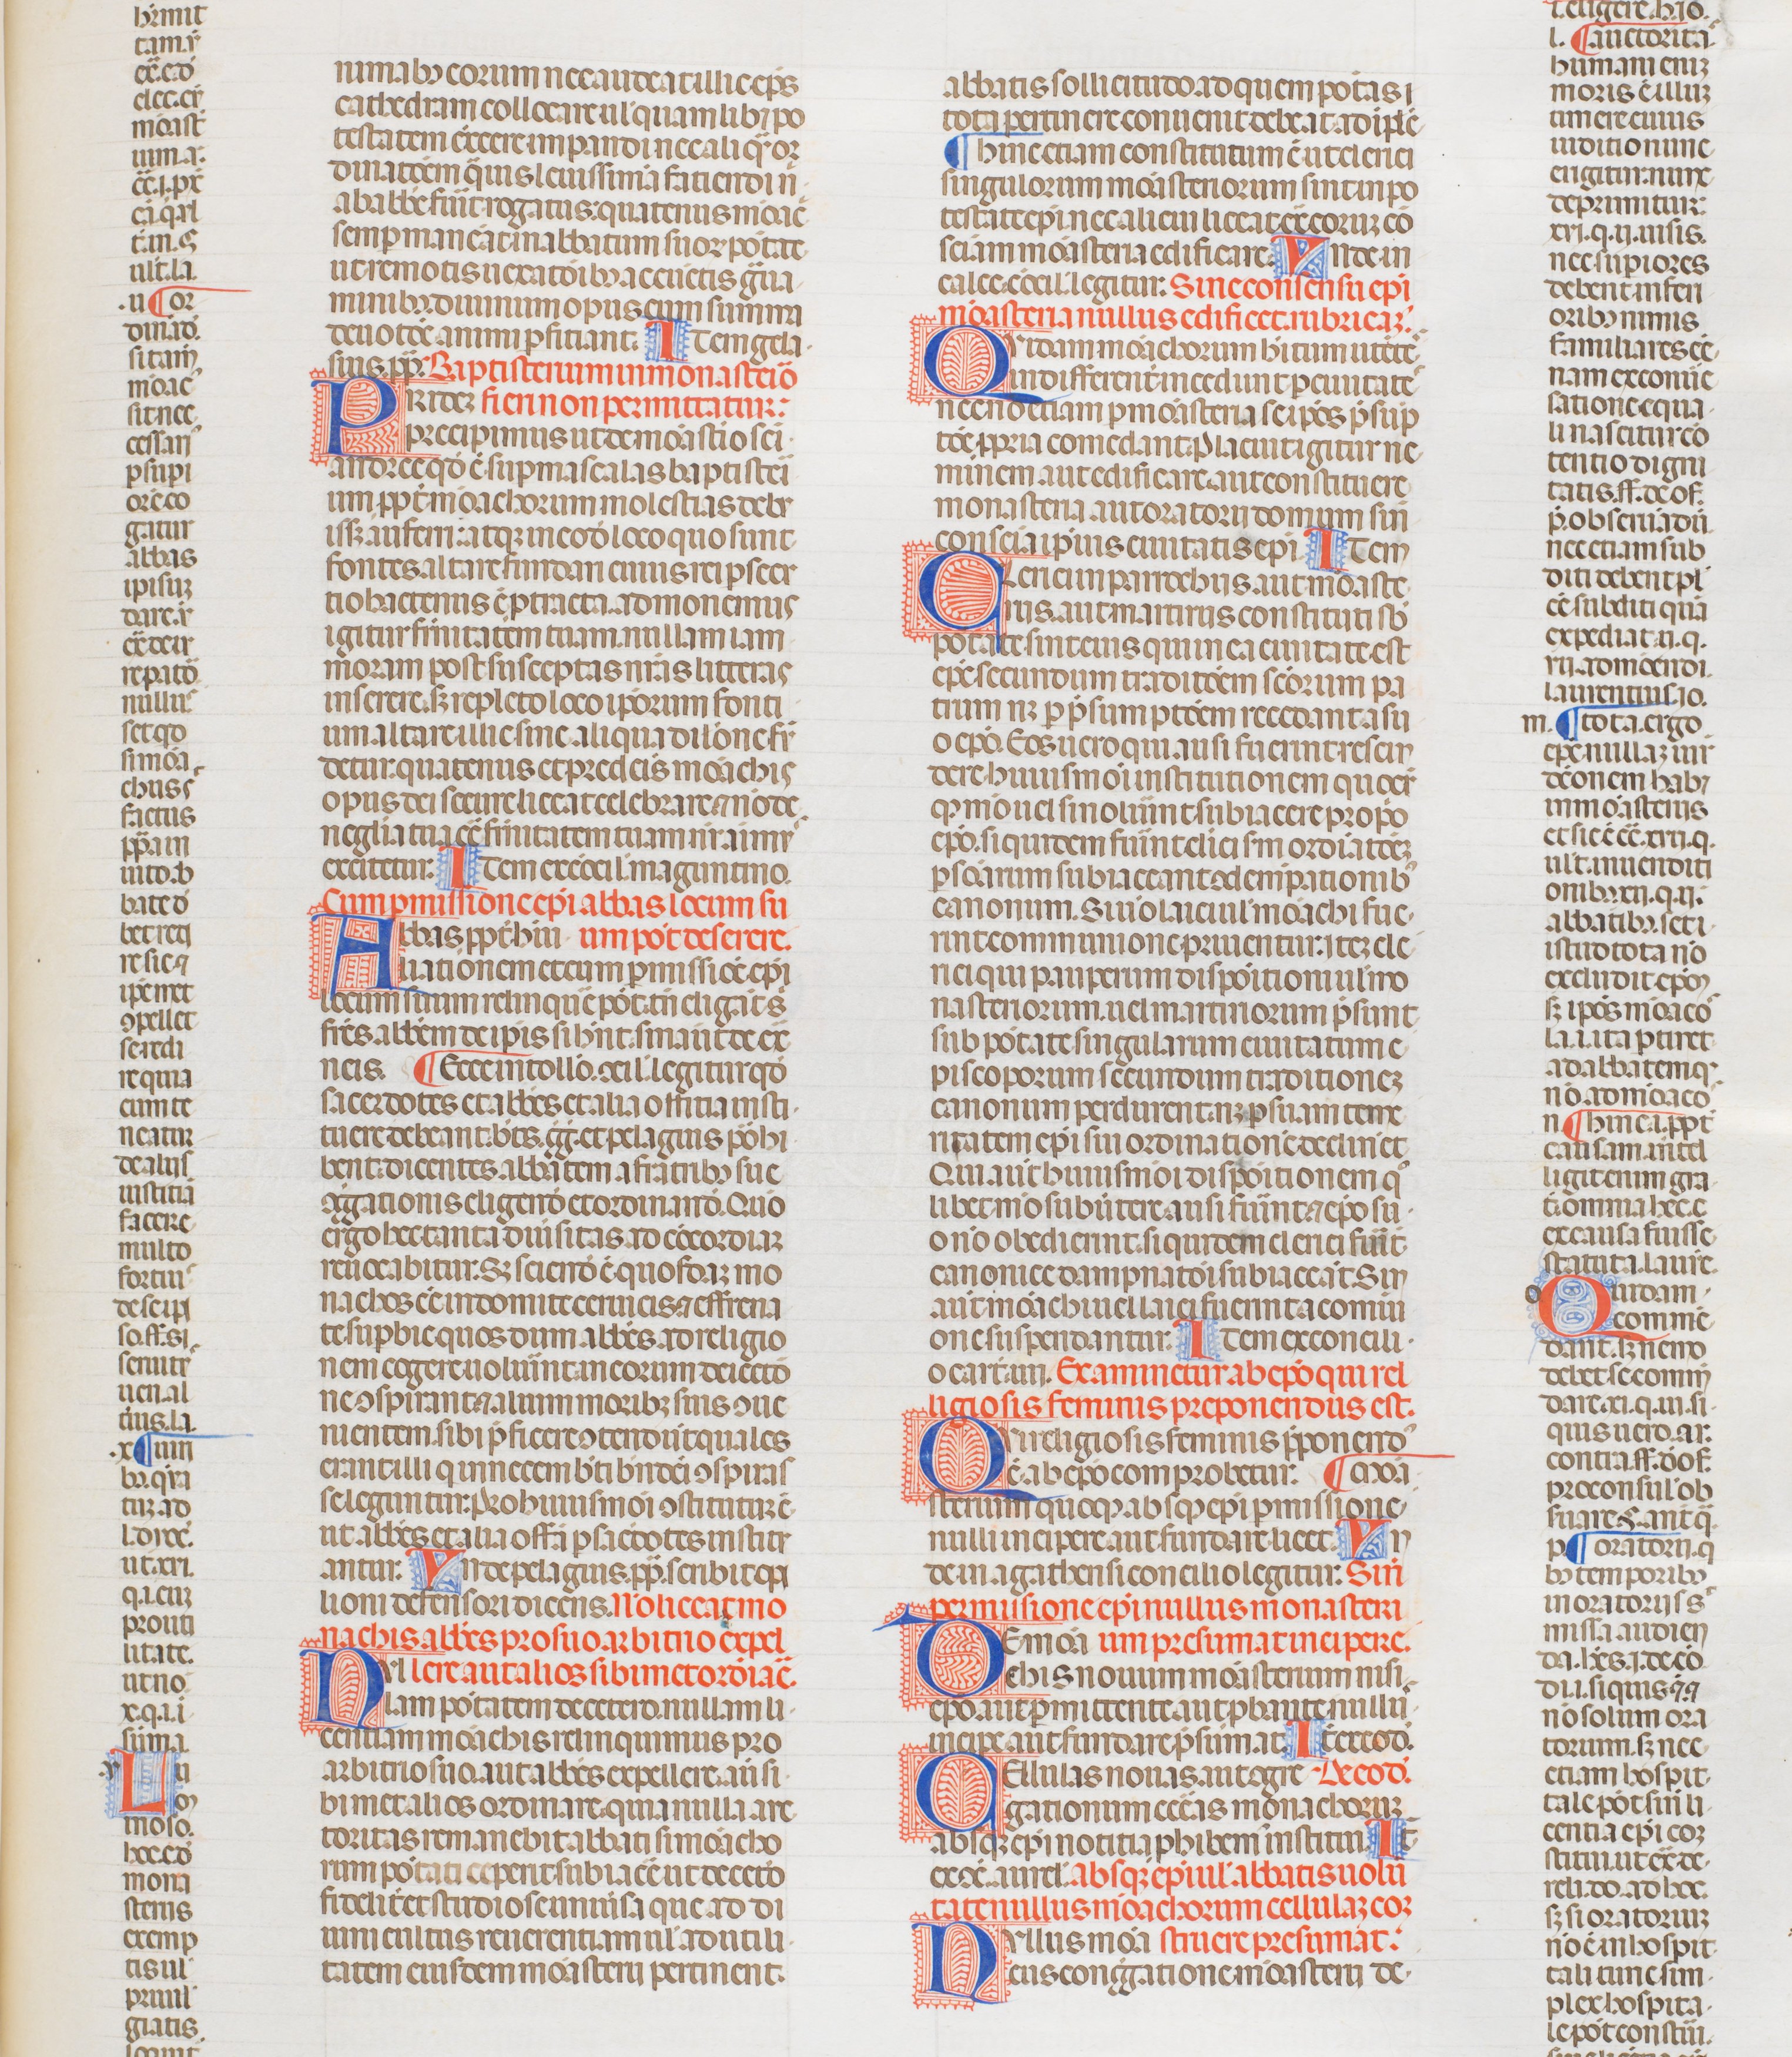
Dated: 1340–1350